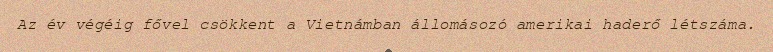
Az év végéig fővel csökkent a Vietnámban állomásozó amerikai haderő létszáma.